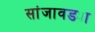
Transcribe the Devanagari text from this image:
सांजावड्या